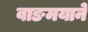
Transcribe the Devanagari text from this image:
वाङमयाने